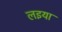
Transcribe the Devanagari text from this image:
लइया